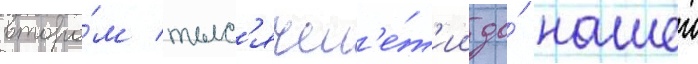
второ́м тыс'ячел'е́т'ии до́ нашеи